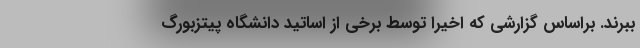
ببرند. براساس گزارشی که اخیرا توسط برخی از اساتید دانشگاه پیتزبورگ